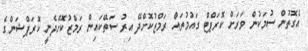
އެގޮތުން ސުމަކުން ވަރަށް ކޮރަޕްޓް ގައުމުތައް ރަމްޒުކޮށްދޭ އިރު ސަތޭކައިން ރަމްޒުކޮށްދެނީ ކޮރަޕްޝަންގެ